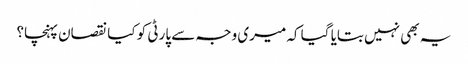
یہ بھی نہیں بتایا گیا کہ میری وجہ سے پارٹی کو کیا نقصان پہنچا؟